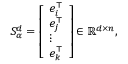
\begin{array} { r } { S _ { \alpha } ^ { d } = \left[ \begin{array} { l } { e _ { i } ^ { \top } } \\ { e _ { j } ^ { \top } } \\ { \vdots } \\ { e _ { k } ^ { \top } } \end{array} \right] \in \mathbb { R } ^ { d \times n } , } \end{array}